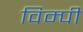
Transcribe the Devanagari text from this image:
विम्पी